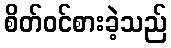
စိတ်ဝင်စားခဲ့သည်